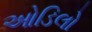
ઓડિલો